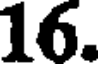
16.